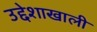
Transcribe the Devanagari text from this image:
उद्देशाखाली